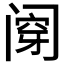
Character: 𰿶